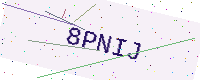
Text: 8PNIJ